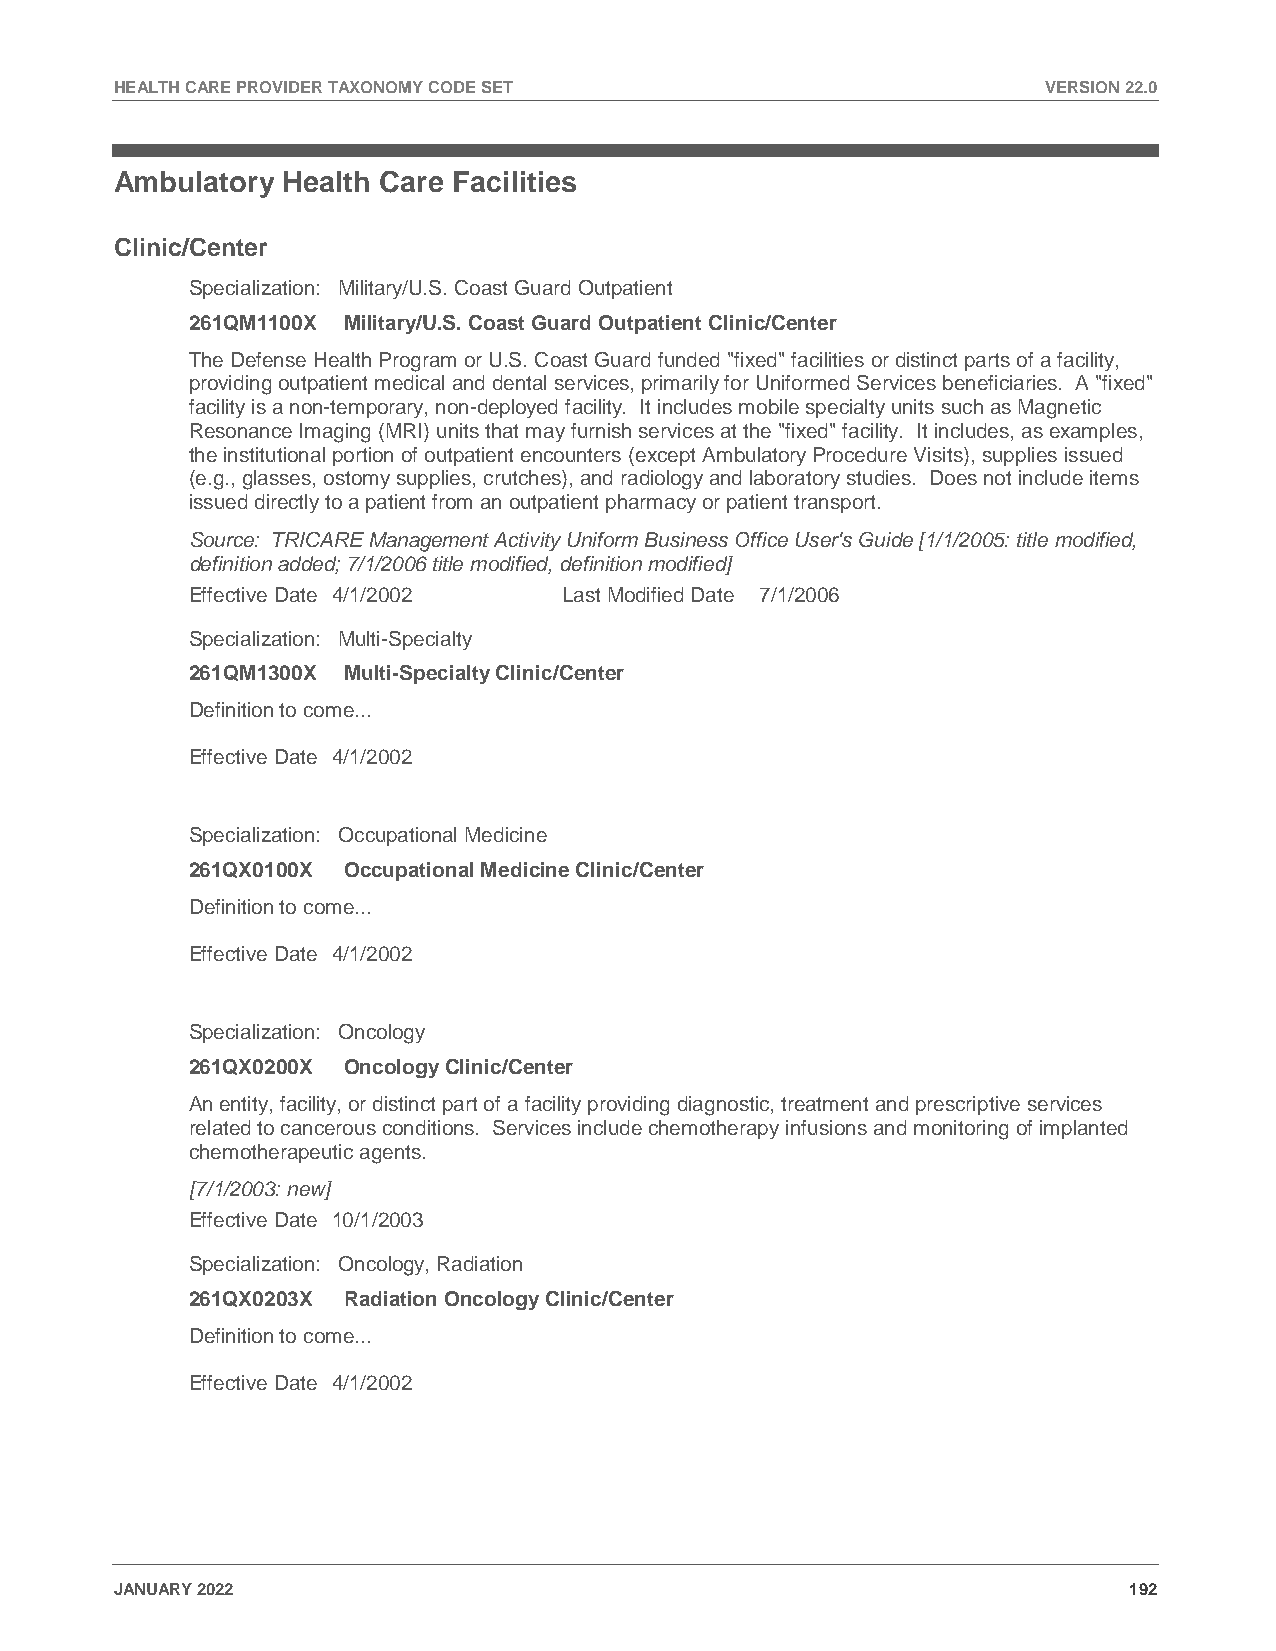
HEALTH CARE PROVIDER TAXONOMY CODE SET                       VERSION 22.0
 Ambulatory Health Care Facilities
 Clinic/Center
 Specialization: Military/U.S. Coast Guard Outpatient
 261QM1100X Military/U.S. Coast Guard Outpatient Clinic/Center
 The Defense Health Program or U.S. Coast Guard funded "fixed" facilities or distinct parts of a facility,
 providing outpatient medical and dental services, primarily for Uniformed Services beneficiaries. A "fixed"
 facility is a non-temporary, non-deployed facility. It includes mobile specialty units such as Magnetic
 Resonance Imaging (MRI) units that may furnish services at the "fixed" facility. It includes, as examples,
 the institutional portion of outpatient encounters (except Ambulatory Procedure Visits), supplies issued
 (e.g., glasses, ostomy supplies, crutches), and radiology and laboratory studies. Does not include items
 issued directly to a patient from an outpatient pharmacy or patient transport.
 Source: TRICARE Management Activity Uniform Business Office User's Guide [1/1/2005: title modified,
 definition added; 7/1/2006 title modified, definition modified]
 Effective Date 4/1/2002  Last Modified Date 7/1/2006
 Specialization: Multi-Specialty
 261QM1300X Multi-Specialty Clinic/Center
 Definition to come...
 Effective Date 4/1/2002
 Specialization: Occupational Medicine
 261QX0100X Occupational Medicine Clinic/Center
 Definition to come...
 Effective Date 4/1/2002
 Specialization: Oncology
 261QX0200X Oncology Clinic/Center
 An entity, facility, or distinct part of a facility providing diagnostic, treatment and prescriptive services
 related to cancerous conditions. Services include chemotherapy infusions and monitoring of implanted
 chemotherapeutic agents.
 [7/1/2003: new]
 Effective Date 10/1/2003
 Specialization: Oncology, Radiation
 261QX0203X Radiation Oncology Clinic/Center
 Definition to come...
 Effective Date 4/1/2002
 JANUARY 2022                                                       192